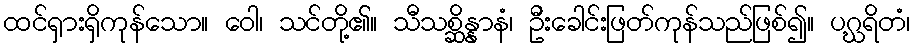
ထင်ရှားရှိကုန်သော။ ဝေါ၊ သင်တို့၏။ သီသစ္ဆိန္နာနံ၊ ဦးခေါင်းဖြတ်ကုန်သည်ဖြစ်၍။ ပဂ္ဃရိတံ၊